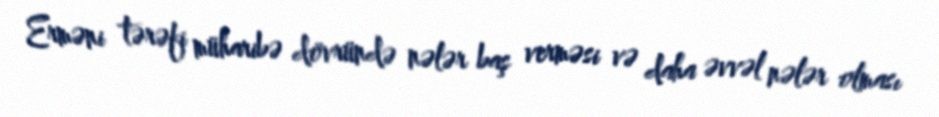
Erməni tərəfi müharibə dövründə nələr baş verməsi və daha əvvəl nələr olması